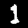
Digit: 1